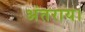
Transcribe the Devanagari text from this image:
अंतराय।